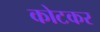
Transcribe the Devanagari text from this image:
कोटकर